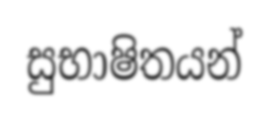
සුභාෂිතයන්